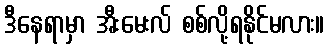
ဒီနေရာမှာ အီးမေးလ် စစ်လို့ရနိုင်မလား။